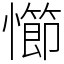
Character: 㦢